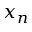
x _ { n }